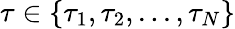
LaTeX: \tau\in\{ \tau_{1},\tau_{2},...,\tau_{N}\}